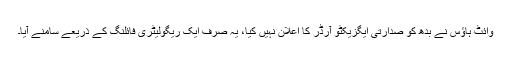
وائٹ ہاؤس نے بدھ کو صدارتی ایگزیکٹو آرڈر کا اعلان نہیں کیا، یہ صرف ایک ریگولیٹری فائلنگ کے ذریعے سامنے آیا۔